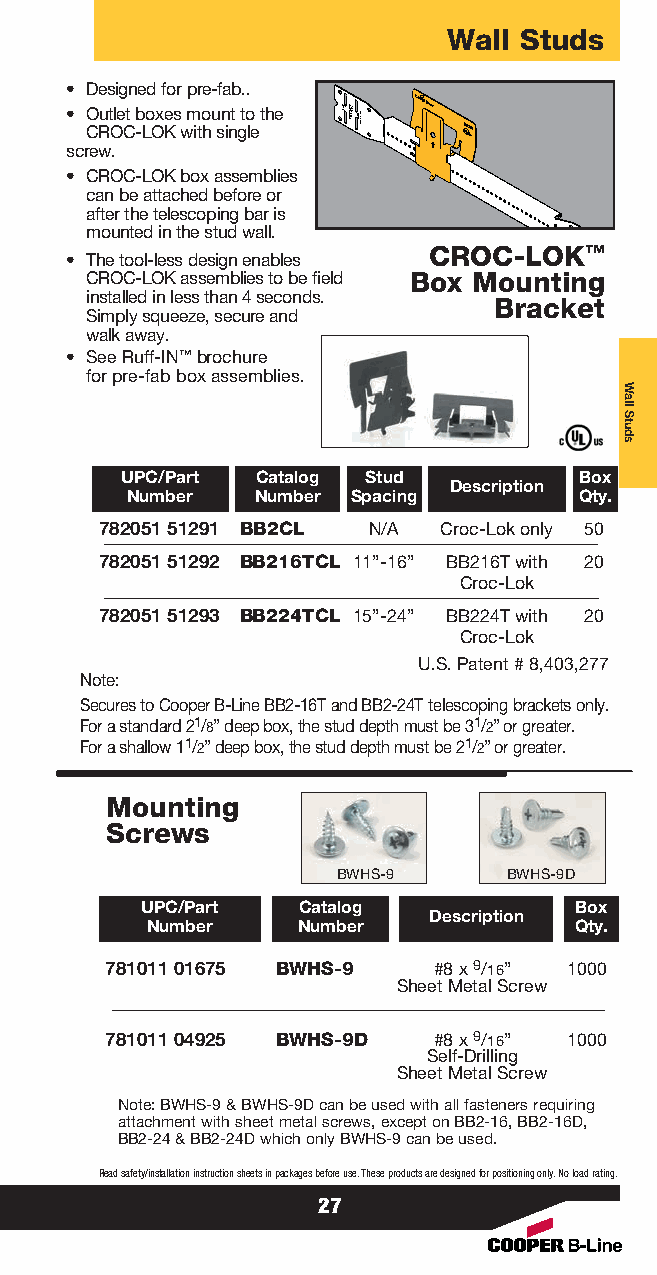
Wall Studs
 • Designed for pre-fab..
 • Outlet boxes mount to the
 CROC-LOK with single
 screw.
 • CROC-LOK box assemblies
 can be attached before or
 after the telescoping bar is
 mounted in the stud wall.
 CROC-LOK™
 • The tool-less design enables
 CROC-LOK assemblies to be field Box Mounting
 installed in less than 4 seconds. Bracket
 Simply squeeze, secure and
 walk away.
 • See Ruff-IN™brochure
 for pre-fab box assemblies.
 UPC/Part Catalog Stud         Box
 Description
 Number   Number Spacing       Qty.
 782051 51291 BB2CL N/A Croc-Lok only 50
 782051 51292 BB216TCL 11”-16” BB216T with 20
 Croc-Lok
 782051 51293 BB224TCL 15”-24” BB224T with 20
 Croc-Lok
 U.S. Patent # 8,403,277
 Note:
 Secures to Cooper B-Line BB2-16T and BB2-24T telescoping brackets only.
 For a standard 21/8” deep box, the stud depth must be 31/2” or greater.
 For a shallow 11/2” deep box, the stud depth must be 21/2” or greater.
 Mounting
 Screws
 BWHS-9      BWHS-9D
 UPC/Part   Catalog           Box
 Description
 Number    Number            Qty.
 781011 01675 BWHS-9   #8 x 9/16” 1000
 Sheet Metal Screw
 781011 04925 BWHS-9D  #8 x 9/16” 1000
 Self-Drilling
 Sheet Metal Screw
 Note: BWHS-9 & BWHS-9D can be used with all fasteners requiring
 attachment with sheet metal screws, except on BB2-16, BB2-16D,
 BB2-24 & BB2-24D which only BWHS-9 can be used.
 Read safety/installation instruction sheets in packages before use. These products are designed for positioning only. No load rating.
 27
 Wall
 Studs